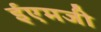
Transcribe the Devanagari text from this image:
ईएमजी